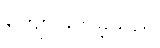
ကျော်ဖြတ်ခဲ့သည်